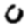
Digit: 0